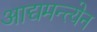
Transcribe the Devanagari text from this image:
आद्यमन्त्येन